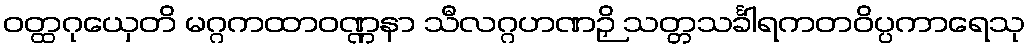
ဝတ္ထဂုယှေတိ မဂ္ဂကထာဝဏ္ဏနာ သီလဂ္ဂဟဏဉှိ သတ္တသင်္ခါရကတဝိပ္ပကာရေသု